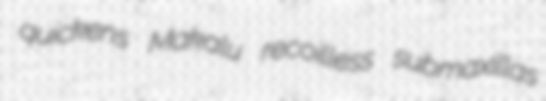
quickens Makalu recoilless submaxillas